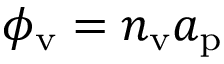
\phi _ { \mathrm { v } } = n _ { \mathrm { v } } a _ { \mathrm { p } }